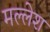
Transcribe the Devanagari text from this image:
मल्लेश